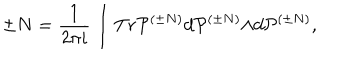
LaTeX: \pm N = \frac { 1 } { 2 { \pi } i } \int T r { \cal P } ^ { ( { \pm } N ) } d { \cal P } ^ { ( { \pm } N ) } { \wedge } d { \cal P } ^ { ( { \pm } N ) } ,